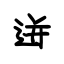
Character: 迸